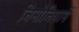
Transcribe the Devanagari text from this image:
निमोनियामें